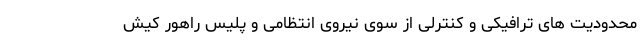
محدودیت های ترافیکی و کنترلی از سوی نیروی انتظامی و پلیس راهور کیش